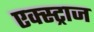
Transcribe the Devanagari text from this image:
एक्स्ट्राज